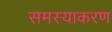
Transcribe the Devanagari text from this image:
समस्याकरण